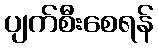
ပျက်စီးစေရန်